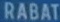
RABAT